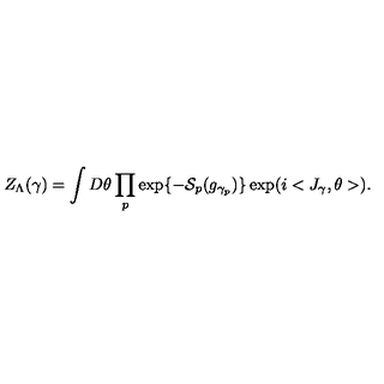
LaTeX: Z _ { \Lambda } ( \gamma ) = \int D \theta \prod _ { p } \exp \{ - { \cal S } _ { p } ( g _ { \gamma _ { p } } ) \} \exp ( i < J _ { \gamma } , \theta > ) .